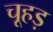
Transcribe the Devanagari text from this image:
चूहड़